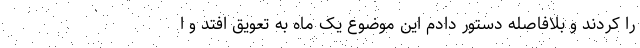
را کردند و بلافاصله دستور دادم این موضوع یک ماه به تعویق افتد و ا